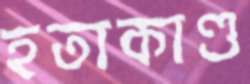
হতাকাণ্ড